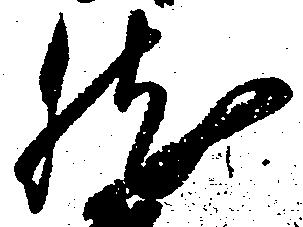
然